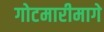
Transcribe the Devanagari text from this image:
गोटमारीमागे